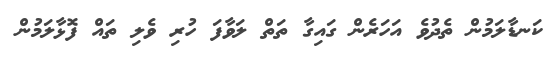
ކަނޑާލަމުން ތެދުވެ އަހަރެން ގައިގާ ތަތް ލަވާފަ ހުރި ވެލި ތައް ފޮޅާލަމުން